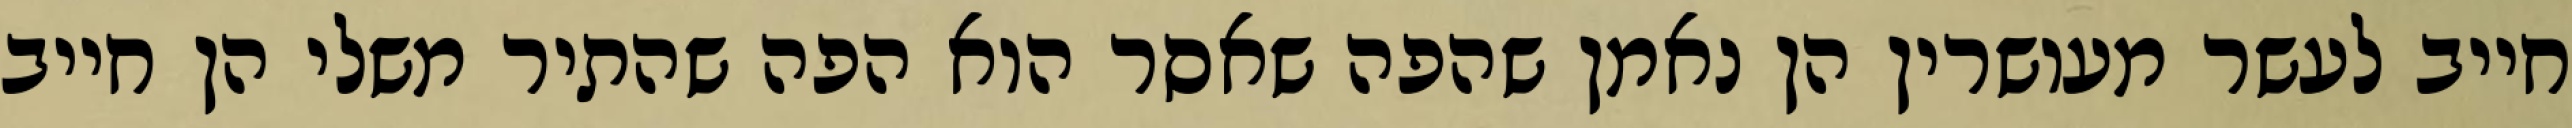
חייב לעשר מעושרין הן נאמן שהפה שאסר הוא הפה שהתיר משלי הן חייב